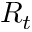
R _ { t }